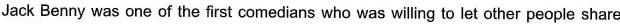
Jack Benny was one of the first comedians who was willing to let other people share